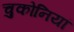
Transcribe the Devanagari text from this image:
चुकोनियां